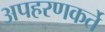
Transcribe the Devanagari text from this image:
अपहरणकर्ते